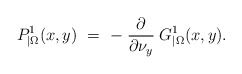
\begin{align*}P_{|\Omega}^1(x,y)\ =\ -\left.\frac{\partial}{\partial\nu_y}\right. G^1_{|\Omega}(x,y).\end{align*}